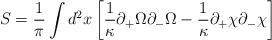
LaTeX: \begin{align*}S = \frac{1}{\pi} \int\/d^2 x \left[\frac{1}{\kappa}\partial_+\Omega\partial_-\Omega-\frac{1}{\kappa}\partial_+\chi\partial_-\chi \right]\end{align*}